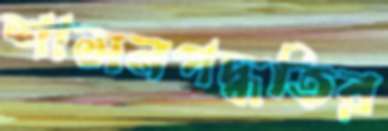
শাসনপদ্ধতির